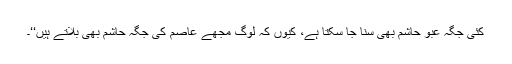
کئی جگہ عبو حاشم بھی سنا جا سکتا ہے، کیوں کہ لوگ مجھے عاصم کی جگہ حاشم بھی بلاتے ہیں‘‘۔